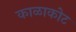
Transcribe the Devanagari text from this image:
काळाकोट